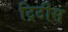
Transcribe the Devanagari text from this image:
ट्रिटीस